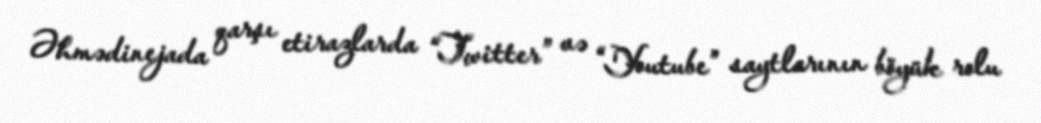
Əhmədinejada qarşı etirazlarda “Twitter” və “Youtube” saytlarının böyük rolu